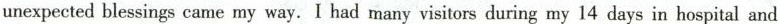
unexpected blessings came my way. I had many visitors during my 14 days in hospital and